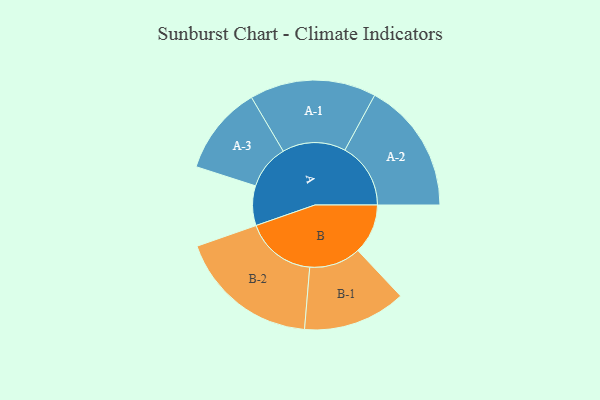
{"axis": {"x": "Segment", "y": "Value"}, "legend": ["", "A", "B"], "data": [{"x": "A", "y": 108, "type": ""}, {"x": "B", "y": 136, "type": ""}, {"x": "A-1", "y": 172, "type": "A"}, {"x": "A-2", "y": 179, "type": "A"}, {"x": "A-3", "y": 121, "type": "A"}, {"x": "B-1", "y": 140, "type": "B"}, {"x": "B-2", "y": 192, "type": "B"}]}